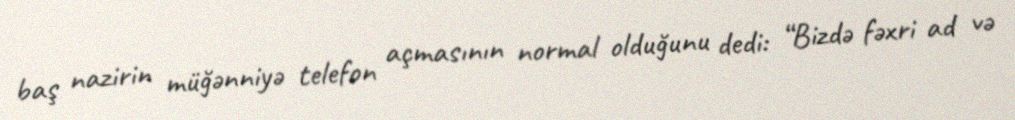
baş nazirin müğənniyə telefon açmasının normal olduğunu dedi: “Bizdə fəxri ad və